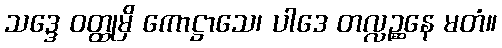
သဒ္ဒေ ဝတ္ထုမှိ ကောဋ္ဌာသေ၊ ပါဒေ တလ္လဉ္ဆနေ မတံ။